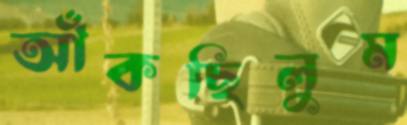
আঁকছিলুম